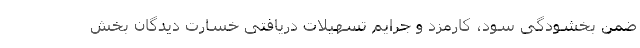
ضمن بخشودگی سود، کارمزد و جرایم تسهیلات دریافتی خسارت دیدگان بخش